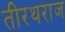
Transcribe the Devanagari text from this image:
तीरथराज